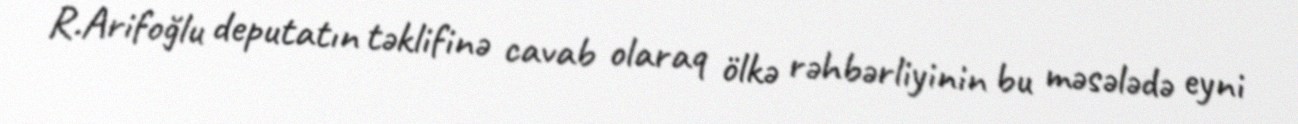
R.Arifoğlu deputatın təklifinə cavab olaraq ölkə rəhbərliyinin bu məsələdə eyni